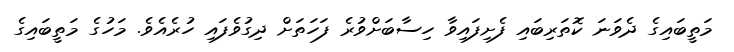
މަތީބައިގެ ދެވަނަ ކޮތަރިބައި ފެށިފައިވާ ހިސާބަށްވުރެ ފަހަތަށް ދިގުވެފައި ހުރެއެވެ. މަހުގެ މަތީބައިގެ